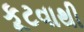
કૂટવાથી